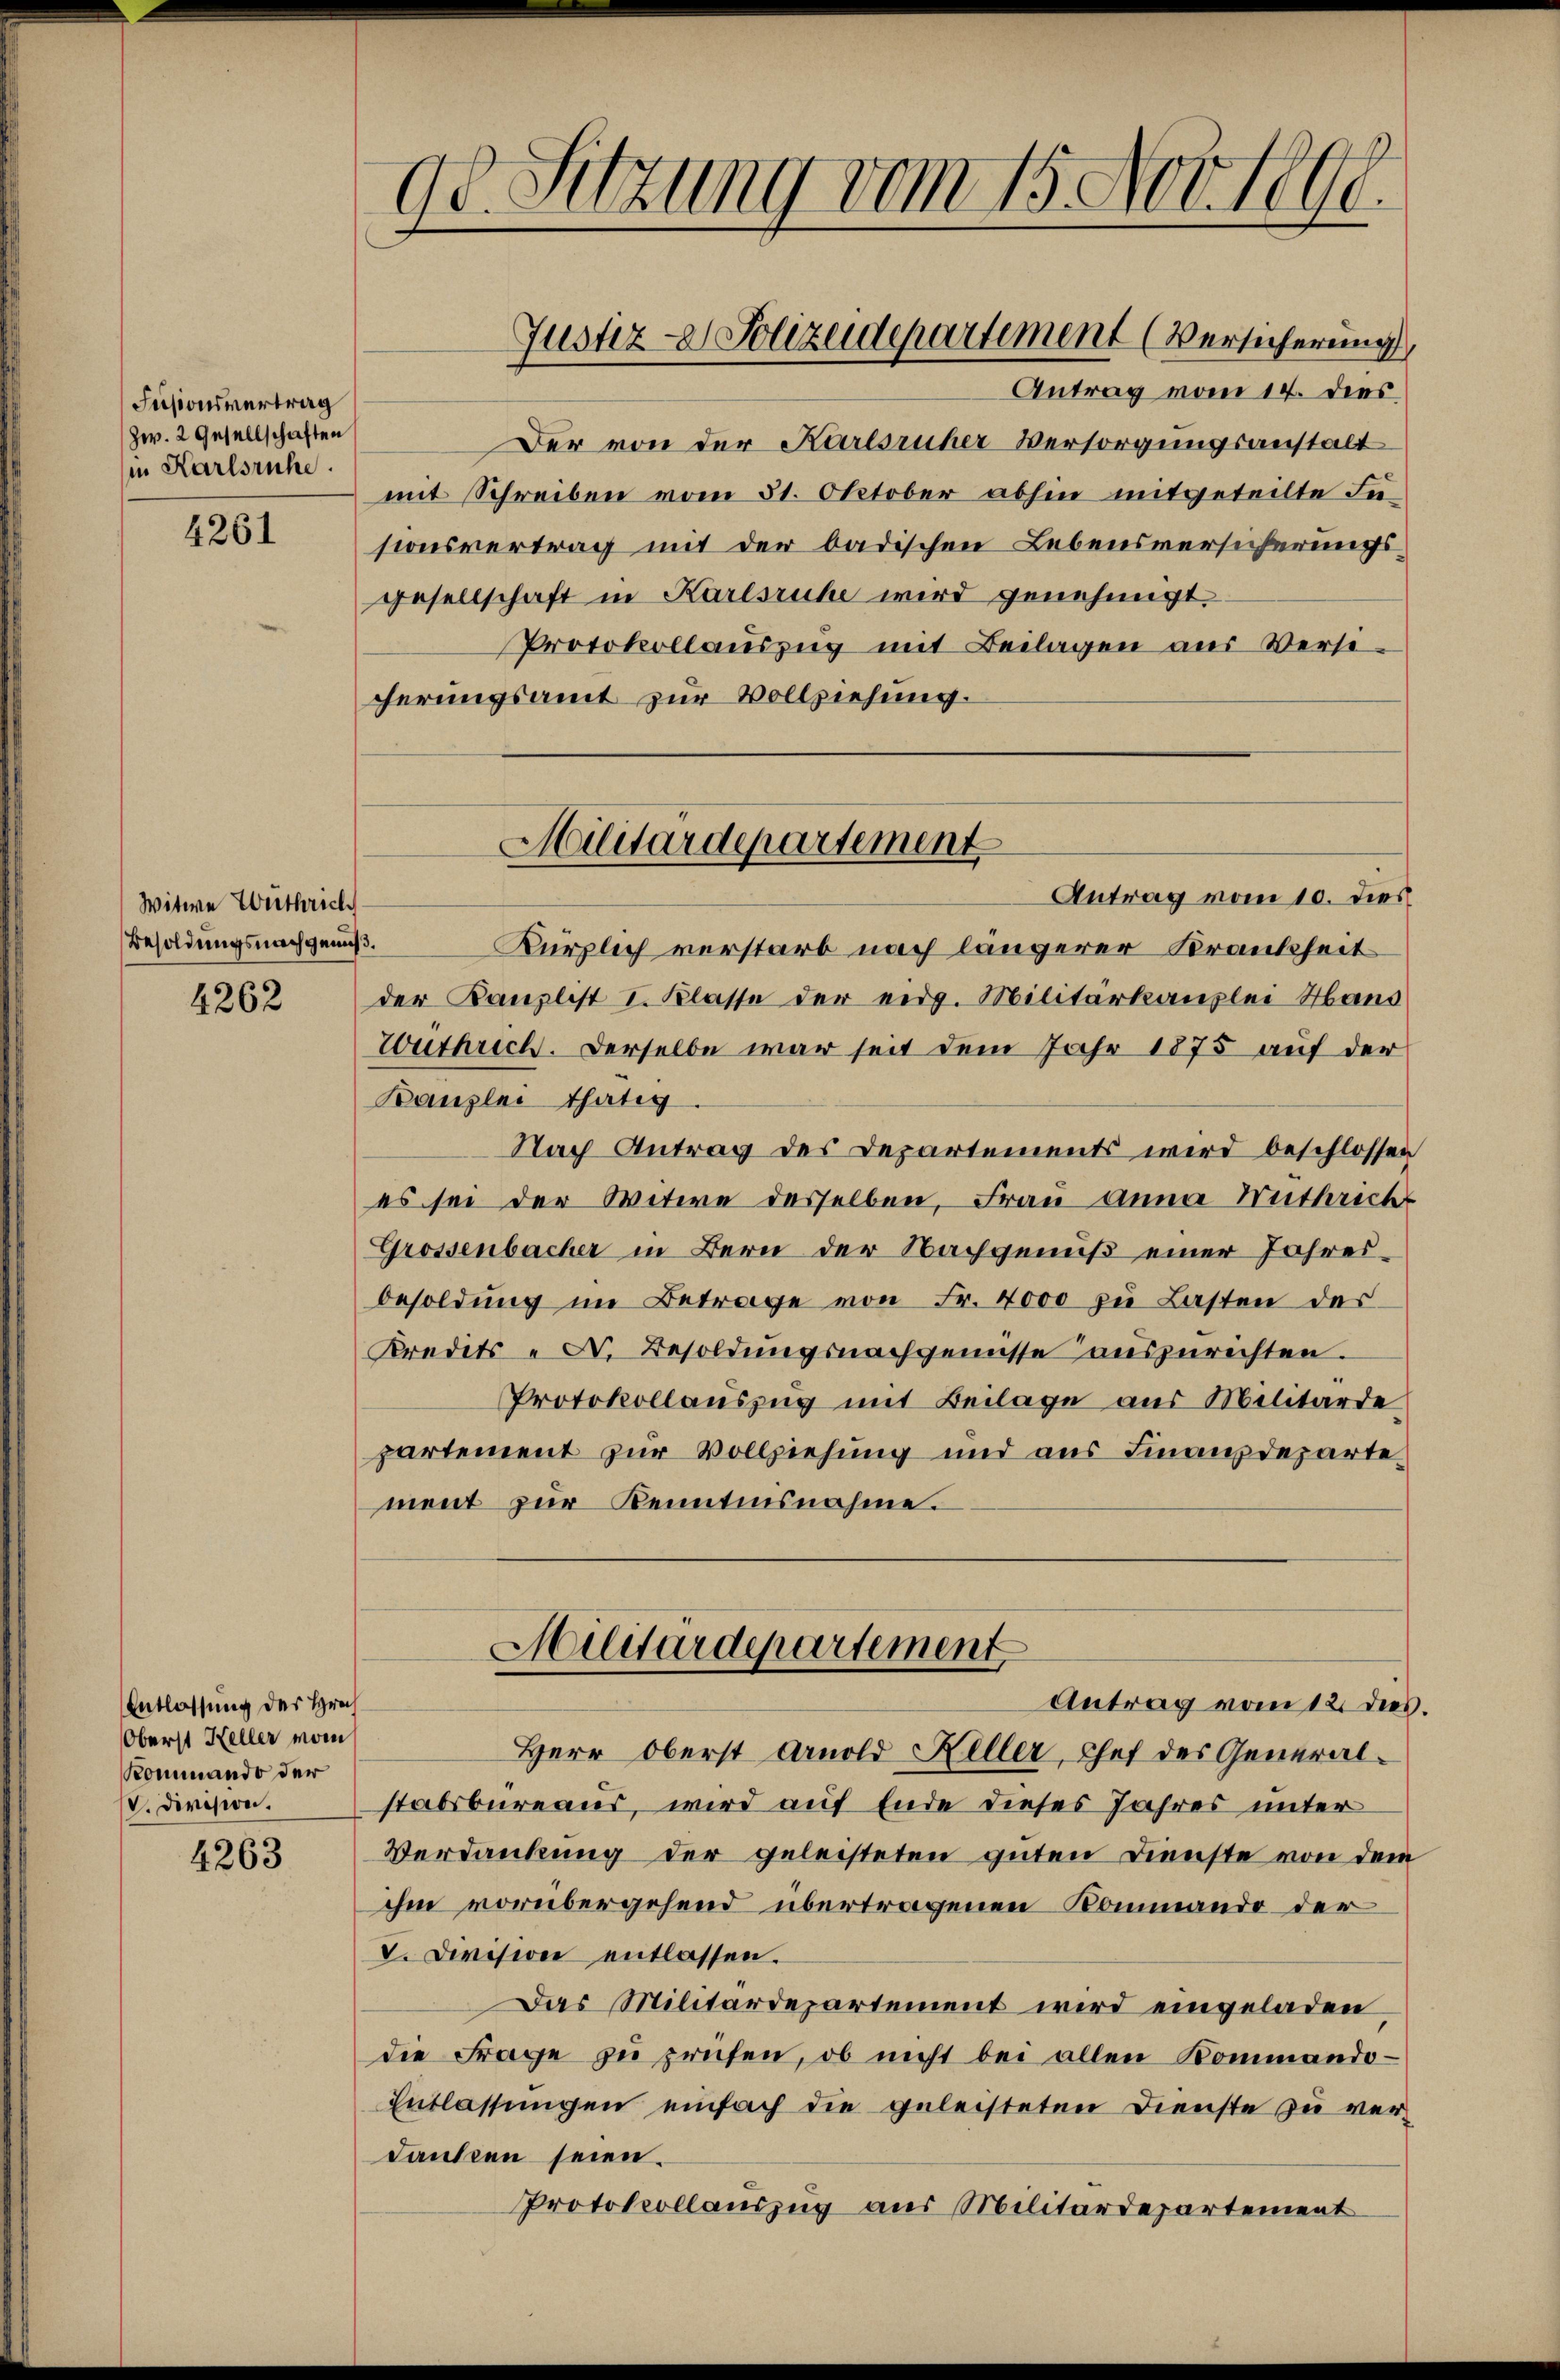
Fusionsvertrag
Zw. 2 Gesellschaften
in Karlsruhe.

4261

Witwe Wuthrich
Besoldungsnachgenuß.

4262

Entlassung des Hrn
Oberst Heller moin
Kommando der
v. Division.

4263

98. Sitzung vom 15. Nov. 1890.

Justiz - Polizeidepartement (Versicherung

Militärdepartement

Antrag vom 10. dies
Kürzlich verstarb nach längerer Krankheit
der Kanzlist I. Klasse der eidg. Militärkanzlei Mand
Writhrich. Derselbe war seit dem Jahr 1875 auf der
Kanzlei thätig
Nach Antrag des Departements wird beschlossen
es sei der Witwe desselben, Frau anna Mitleit
Grossenbacher in Bern der Nachgenuß einer Jahresbesoldŭng im Betrage von Fr. 4000 zu Lasten des
Kredits - F. Besoldungsnachgenisse auszurichten.
Protokollauszug mit Beilage aus Militärde
partement zur Vollziehung und aus Finanzdepartement zŭr Kenntnisnahme.
Militärdepartement
Antrag vom 12. dies.
Herr Oberst Arnold Keller, Chef der Generalstabsbureaus, wird auf Ende dieses Jahres unter
Verdankung der geleisteten guten Dienste von dem
ihm vorübergehend übertragenen Kommando der
V. Division entlassen.
Das Militärdepartement wird eingeladen
die Frage zu prüfen, ob nicht bei allen Kommando¬
Entlassungen einfach die geleisteten Dienste zu verdanken seien.
Protokollauszug aus Militärdepartement

Antrag vom 14. dies
Der von der Karlsruher Versorgungsanstalt
mit Schreiben vom 31. Oktober abhin mitgeteilte Füsionsvertrag mit der badischen Lebensversicherungsgesellschaft in Karlsruhe wird genehmigt.
Protokollaŭszŭg mit Beilagen aus Versi-
cherungsamt zur Vollziehung.